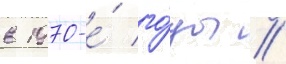
в 1970-е́ го́ды //